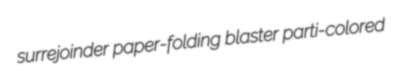
surrejoinder paper-folding blaster parti-colored